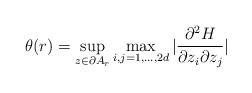
LaTeX: \begin{align*}\theta(r)=\sup\limits_{z\in \partial A_r} \max\limits_{i,j=1,...,2d} |\frac{\partial^2 H}{\partial z_i\partial z_j} |\end{align*}